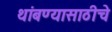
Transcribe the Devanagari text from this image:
थांबण्यासाठीचे